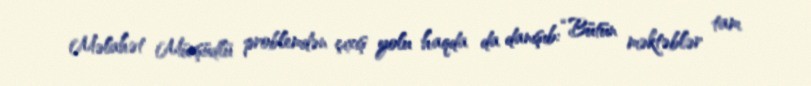
Məlahət Mürşüdlü problemdən çıxış yolu haqda da danışıb: “Bütün məktəblər tam